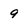
Character: 9